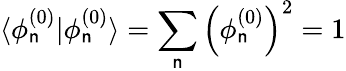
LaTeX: \langle\phi_{\mathsf{n}}^{(0)}|\phi_{\mathsf{n}}^{(0)}\rangle=\sum_{\mathsf{n}}\left(\phi_{\mathsf{n}}^{(0)}\right)^{2}=1